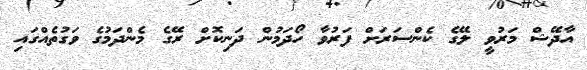
އާދޭޝް މަރުވީ ލޭގެ ކެންސަރަށް ފަރުވާ ހޯދަމުން ދަނިކޮށް ރޭގެ މެންދަމުގެ ވަގުތެއްގައި